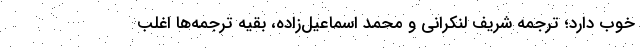
خوب دارد؛ ترجمه شریف لنکرانی و محمد اسماعیل‌زاده، بقیه ترجمه‌ها اغلب